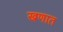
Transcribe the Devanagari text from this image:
खणात